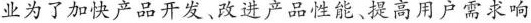
业为了加快产品开发、改进产品性能、提高用户需求响